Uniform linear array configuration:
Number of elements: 12
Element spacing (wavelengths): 0.5
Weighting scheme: kaiser
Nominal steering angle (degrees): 15
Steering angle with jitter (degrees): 14.244
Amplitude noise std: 0.05
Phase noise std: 0.05

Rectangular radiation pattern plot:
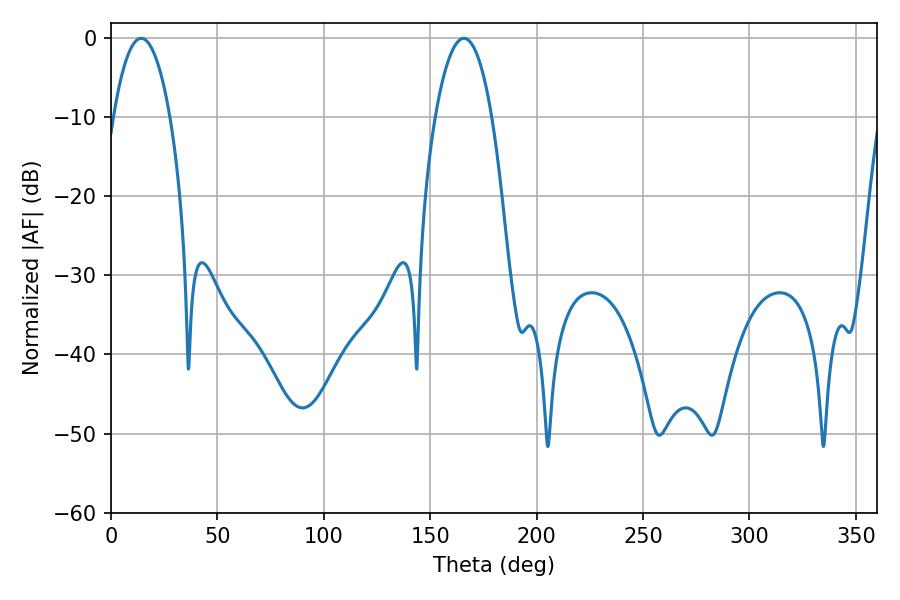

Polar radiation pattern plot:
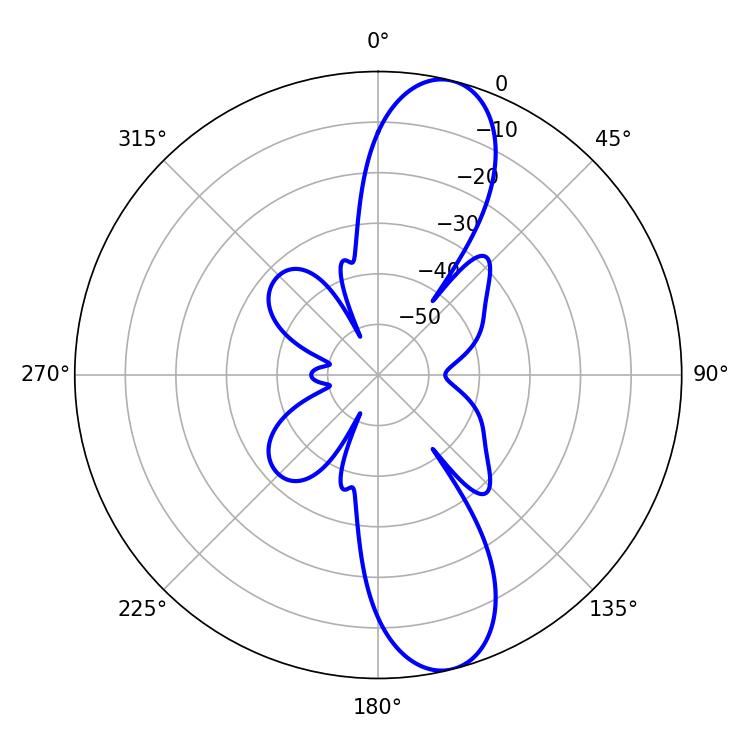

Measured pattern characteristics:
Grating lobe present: FALSE
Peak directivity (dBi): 11.712
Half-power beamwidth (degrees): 14.76
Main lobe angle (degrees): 165.78